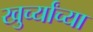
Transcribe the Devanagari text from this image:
खुर्च्यांच्या